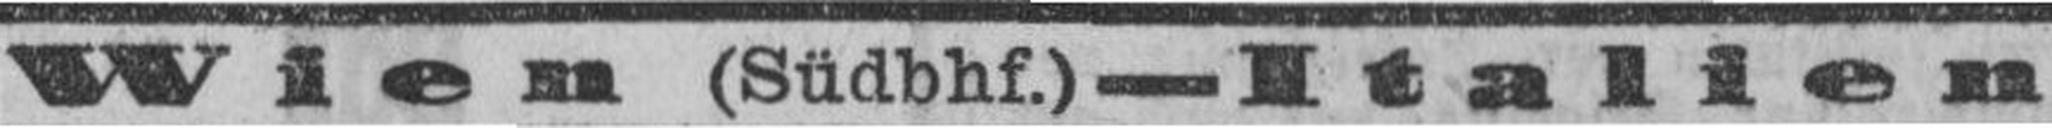
Wien (Südbhf.) — Italien